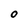
Character: O